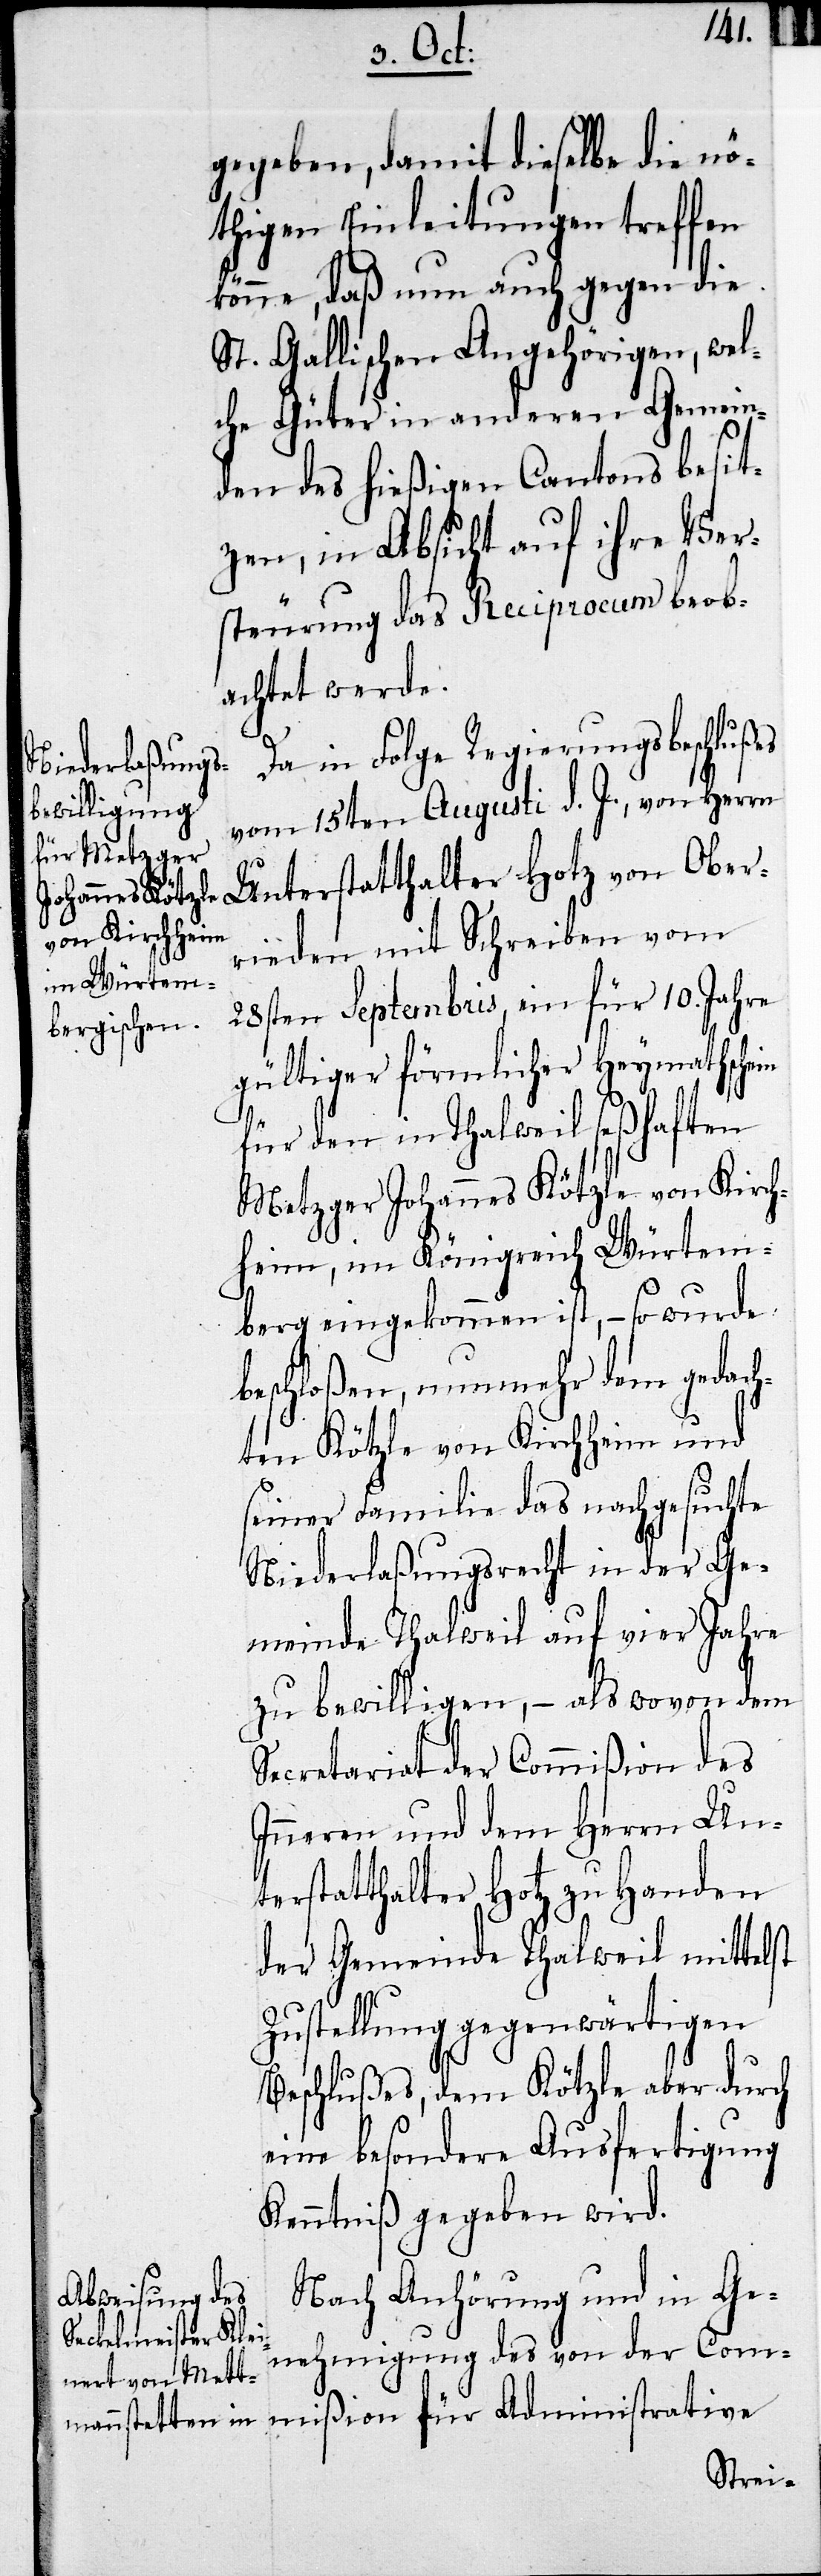
gegeben, damit dieselbe die nö¬
thigen Einleitungen treffen
könne, daß nun auch gegen die
St. Gallischen Angehörigen, wel¬
che Güter in anderen Gemein¬
den des hießigen Cantons besit¬
zen, in Absicht auf ihre Ver¬
steurung das Reciprocum beob¬
achtet werde.
Da in Folge Regierungsbeschlußes
vom 15ten Augusti d. J., vom Herrn
Unterstatthalter Hotz von Ober¬
rieden mit Schreiben vom
28sten Septembris, ein für 10. Jahre
gültiger förmlicher Heymathschein
für den in Thalwil seßhaften
Metzger Johannes Kötzle von Kirch¬
heim, im Königreich Würtem¬
berg eingekommen ist, – so wurde
beschloßen, nunmehr dem gedach¬
ten Kötzle von Kirchheim und
seiner Familie das nachgesuchte
Niederlaßungsrecht in der Ge¬
meinde Thalwil auf vier Jahre
zu bewilligen, – als wovon dem
Secretariat der Commißion des
Inneren und dem Herrn Un¬
terstatthalter Hotz zu Handen
der Gemeinde Thalwil mittelst
Zustellung gegenwärtigen
Beschlußes, dem Kötzle aber durch
eine besondere Ausfertigung
Kenntniß gegeben wird.
Nach Anhörung und in Ge¬
nehmigung des von der Commißion